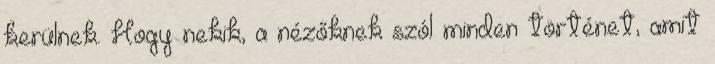
kerülnek. Hogy nekik, a nézőknek szól minden történet, amit